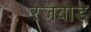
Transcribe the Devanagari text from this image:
रजबाड़े